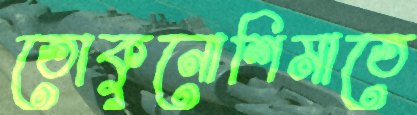
তোকুনোশিমাতে